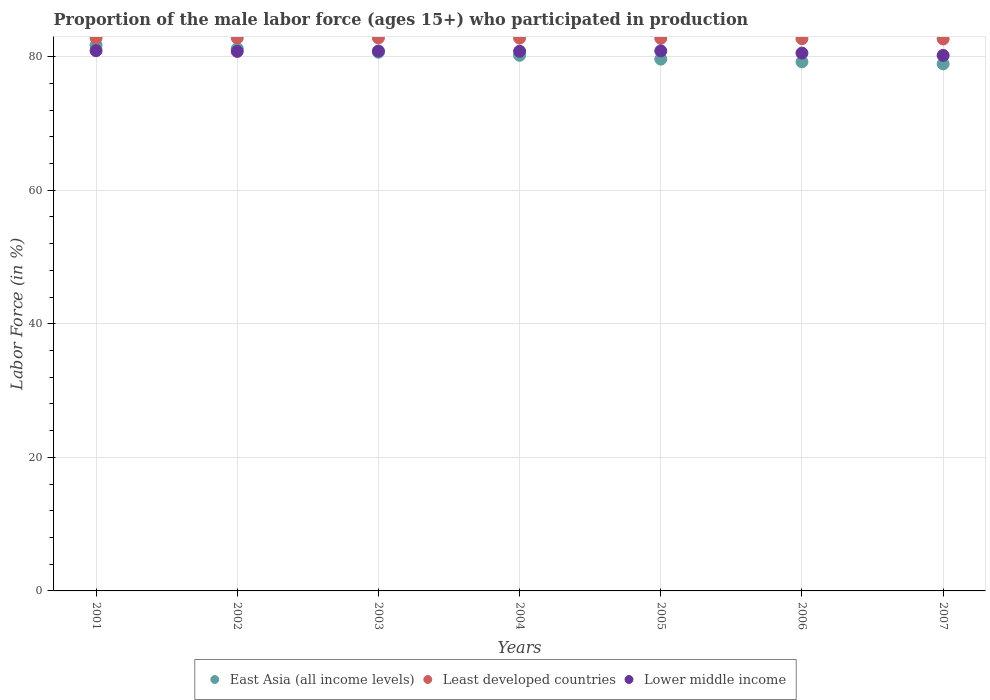
| Years | East Asia (all income levels) | Least developed countries | Lower middle income |
 | --- | --- | --- | --- |
 | 2001 | 81.7 | 82.8 | 80.9 |
 | 2002 | 81.2 | 82.8 | 80.8 |
 | 2003 | 80.7 | 82.8 | 80.8 |
 | 2004 | 80.2 | 82.8 | 80.8 |
 | 2005 | 79.6 | 82.8 | 80.9 |
 | 2006 | 79.2 | 82.7 | 80.5 |
 | 2007 | 78.9 | 82.7 | 80.2 |